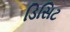
ડિસિટ